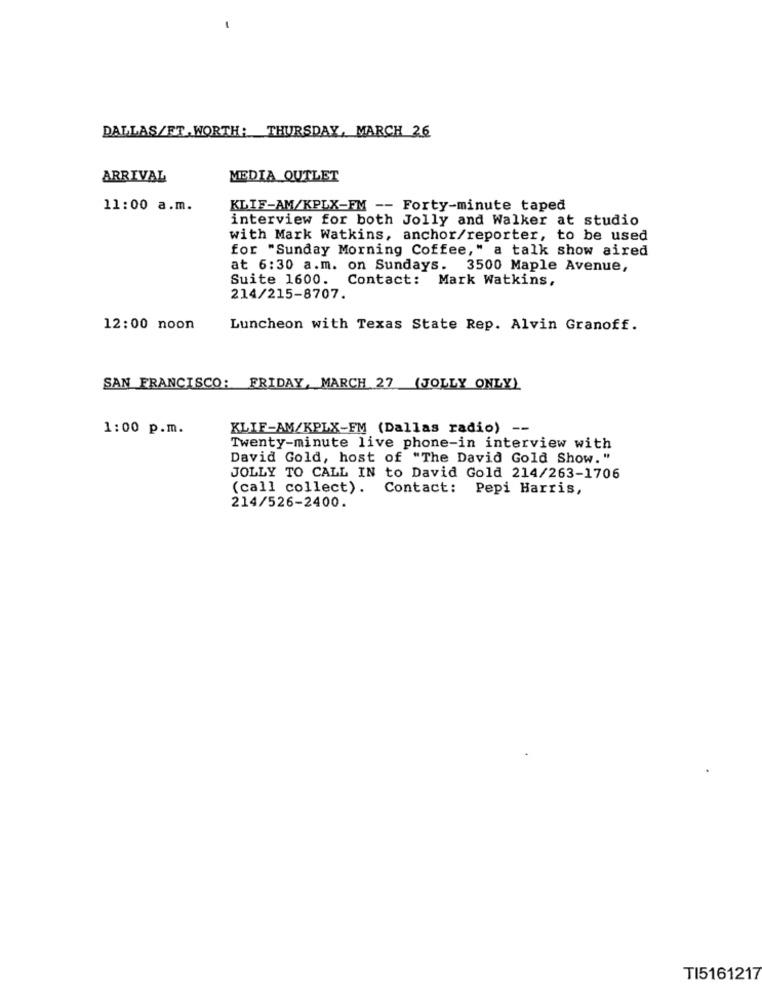
DALLAS/FT.WORTH: THURSDAY, MARCH 26
ARRIVAL
MEDIA OUTLET
11:00 a.m.
KLIF-AM/KPLX-FM -- Forty-minute taped
interview for both Jolly and Walker at studio
with Mark Watkins, anchor/reporter, to be used
for "Sunday Morning Coffee," a talk show aired
at 6:30 a.m. on Sundays. 3500 Maple Avenue,
Suite 1600. Contact: Mark Watkins,
214/215-8707.
12:00 noon
Luncheon with Texas State Rep. Alvin Granoff.
SAN FRANCISCO: FRIDAY, MARCH 27 (JOLLY ONLY)
1:00 p.m.
KLIF-AM/KPLX-FM (Dallas radio) --
Twenty-minute live phone-in interview with
David Gold, host of "The David Gold Show. "
JOLLY TO CALL IN to David Gold 214/263-1706
(call collect).
Contact: Pepi Harris,
214/526-2400.
TI5161217